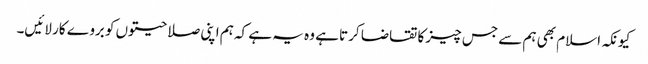
کیونکہ اسلام بھی ہم سے جس چیز کا تقاضا کرتا ہے وہ یہ ہے کہ ہم اپنی صلاحیتوں کو بروے کار لائیں۔